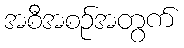
အစီအစဉ်အတွက်